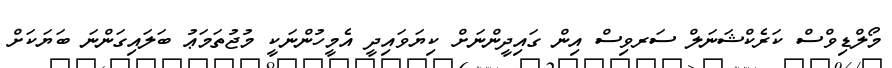
މޯލްޑިވްސް ކަރެކްޝަނަލް ސަރވިސް އިން ގައިދީންނަށް ކިޔަވައިދީ އެމީހުންނަކީ މުޖުތަމަޢު ބަލައިގަންނަ ބަޔަކަށް